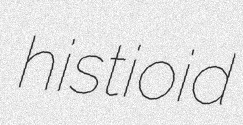
histioid